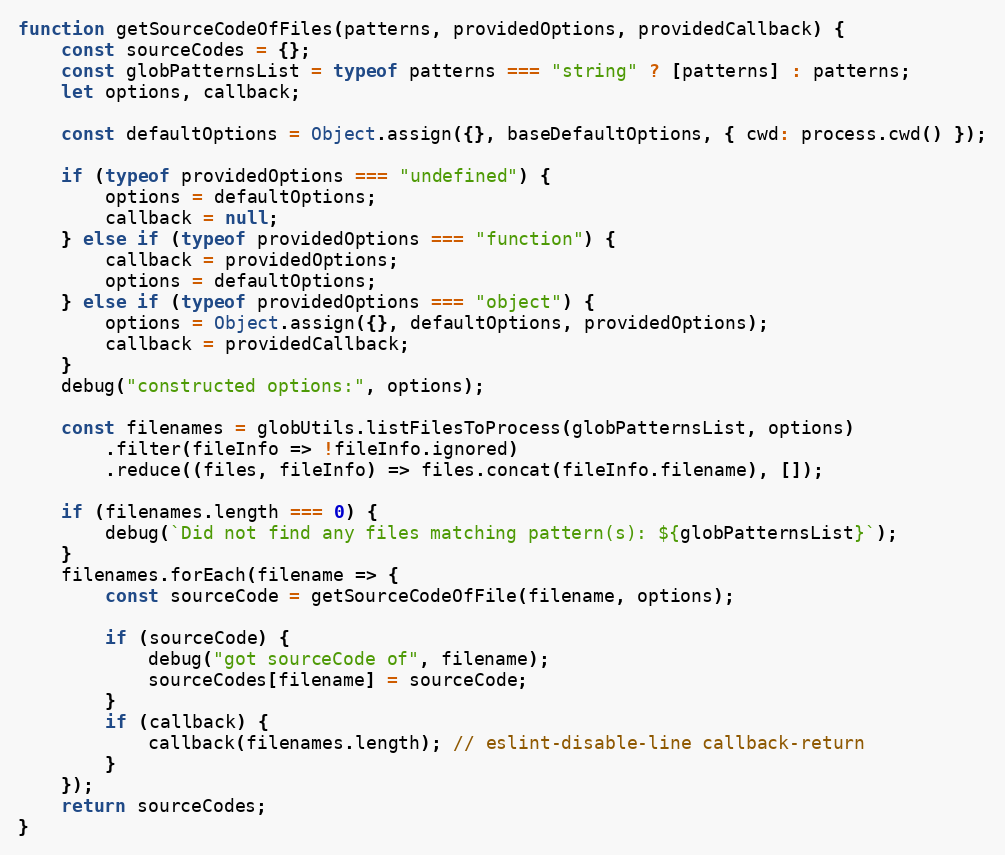
Language: JavaScript
function getSourceCodeOfFiles(patterns, providedOptions, providedCallback) {
    const sourceCodes = {};
    const globPatternsList = typeof patterns === "string" ? [patterns] : patterns;
    let options, callback;

    const defaultOptions = Object.assign({}, baseDefaultOptions, { cwd: process.cwd() });

    if (typeof providedOptions === "undefined") {
        options = defaultOptions;
        callback = null;
    } else if (typeof providedOptions === "function") {
        callback = providedOptions;
        options = defaultOptions;
    } else if (typeof providedOptions === "object") {
        options = Object.assign({}, defaultOptions, providedOptions);
        callback = providedCallback;
    }
    debug("constructed options:", options);

    const filenames = globUtils.listFilesToProcess(globPatternsList, options)
        .filter(fileInfo => !fileInfo.ignored)
        .reduce((files, fileInfo) => files.concat(fileInfo.filename), []);

    if (filenames.length === 0) {
        debug(`Did not find any files matching pattern(s): ${globPatternsList}`);
    }
    filenames.forEach(filename => {
        const sourceCode = getSourceCodeOfFile(filename, options);

        if (sourceCode) {
            debug("got sourceCode of", filename);
            sourceCodes[filename] = sourceCode;
        }
        if (callback) {
            callback(filenames.length); // eslint-disable-line callback-return
        }
    });
    return sourceCodes;
}